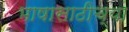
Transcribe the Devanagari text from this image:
भाषासाठीच्या